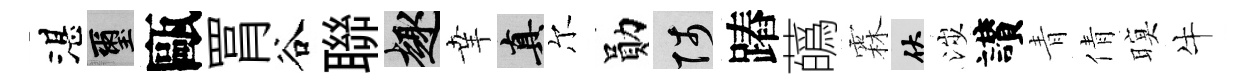
湛璽甌罥谷聯趣𦍒真尔勛陟蹖蘤霖伏涉讃青倩暝牛